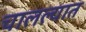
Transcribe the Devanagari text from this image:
चालल्यात